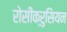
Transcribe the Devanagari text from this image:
रोसीक्रुसियन